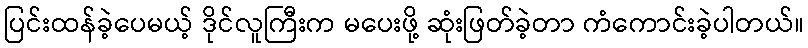
ပြင်းထန်ခဲ့ပေမယ့် ဒိုင်လူကြီးက မပေးဖို့ ဆုံးဖြတ်ခဲ့တာ ကံကောင်းခဲ့ပါတယ်။